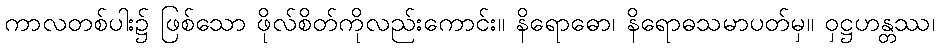
ကာလတစ်ပါး၌ ဖြစ်သော ဖိုလ်စိတ်ကိုလည်းကောင်း။ နိရောဓော၊ နိရောဓသမာပတ်မှ။ ဝှဋ္ဌဟန္တဿ၊